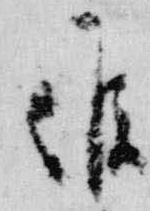
候